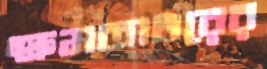
ক্ষমতাধরের